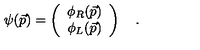
\psi ( \vec { p } ) = \left( \begin{array} { c c } { \phi _ { R } ( \vec { p } ) } \\ { \phi _ { L } ( \vec { p } ) } \\ \end{array} \right) \quad .